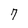
Character: 7